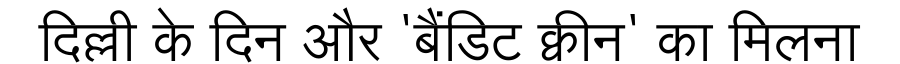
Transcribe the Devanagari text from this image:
दिल्ली के दिन और 'बैंडिट क्वीन' का मिलना